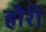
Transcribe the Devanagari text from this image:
हौरी